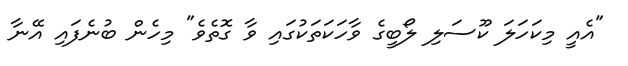
"އެއީ މިކަހަލަ ކޫސަލި ލޯބީގެ ވާހަކަތަކުގައި ވާ ގޮތެވެ" މިހެން ބުނެފައި އޭނާ